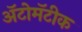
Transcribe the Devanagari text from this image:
ॲटोमॅटीक